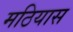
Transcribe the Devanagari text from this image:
मठियास